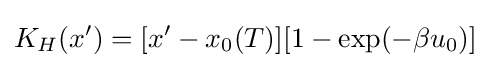
K_{H}(x')=[x'-x_{0}(T)][1-\exp(-\beta u_{0})]